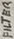
Text: FILTER